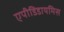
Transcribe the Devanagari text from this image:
एपीडिडायमिस